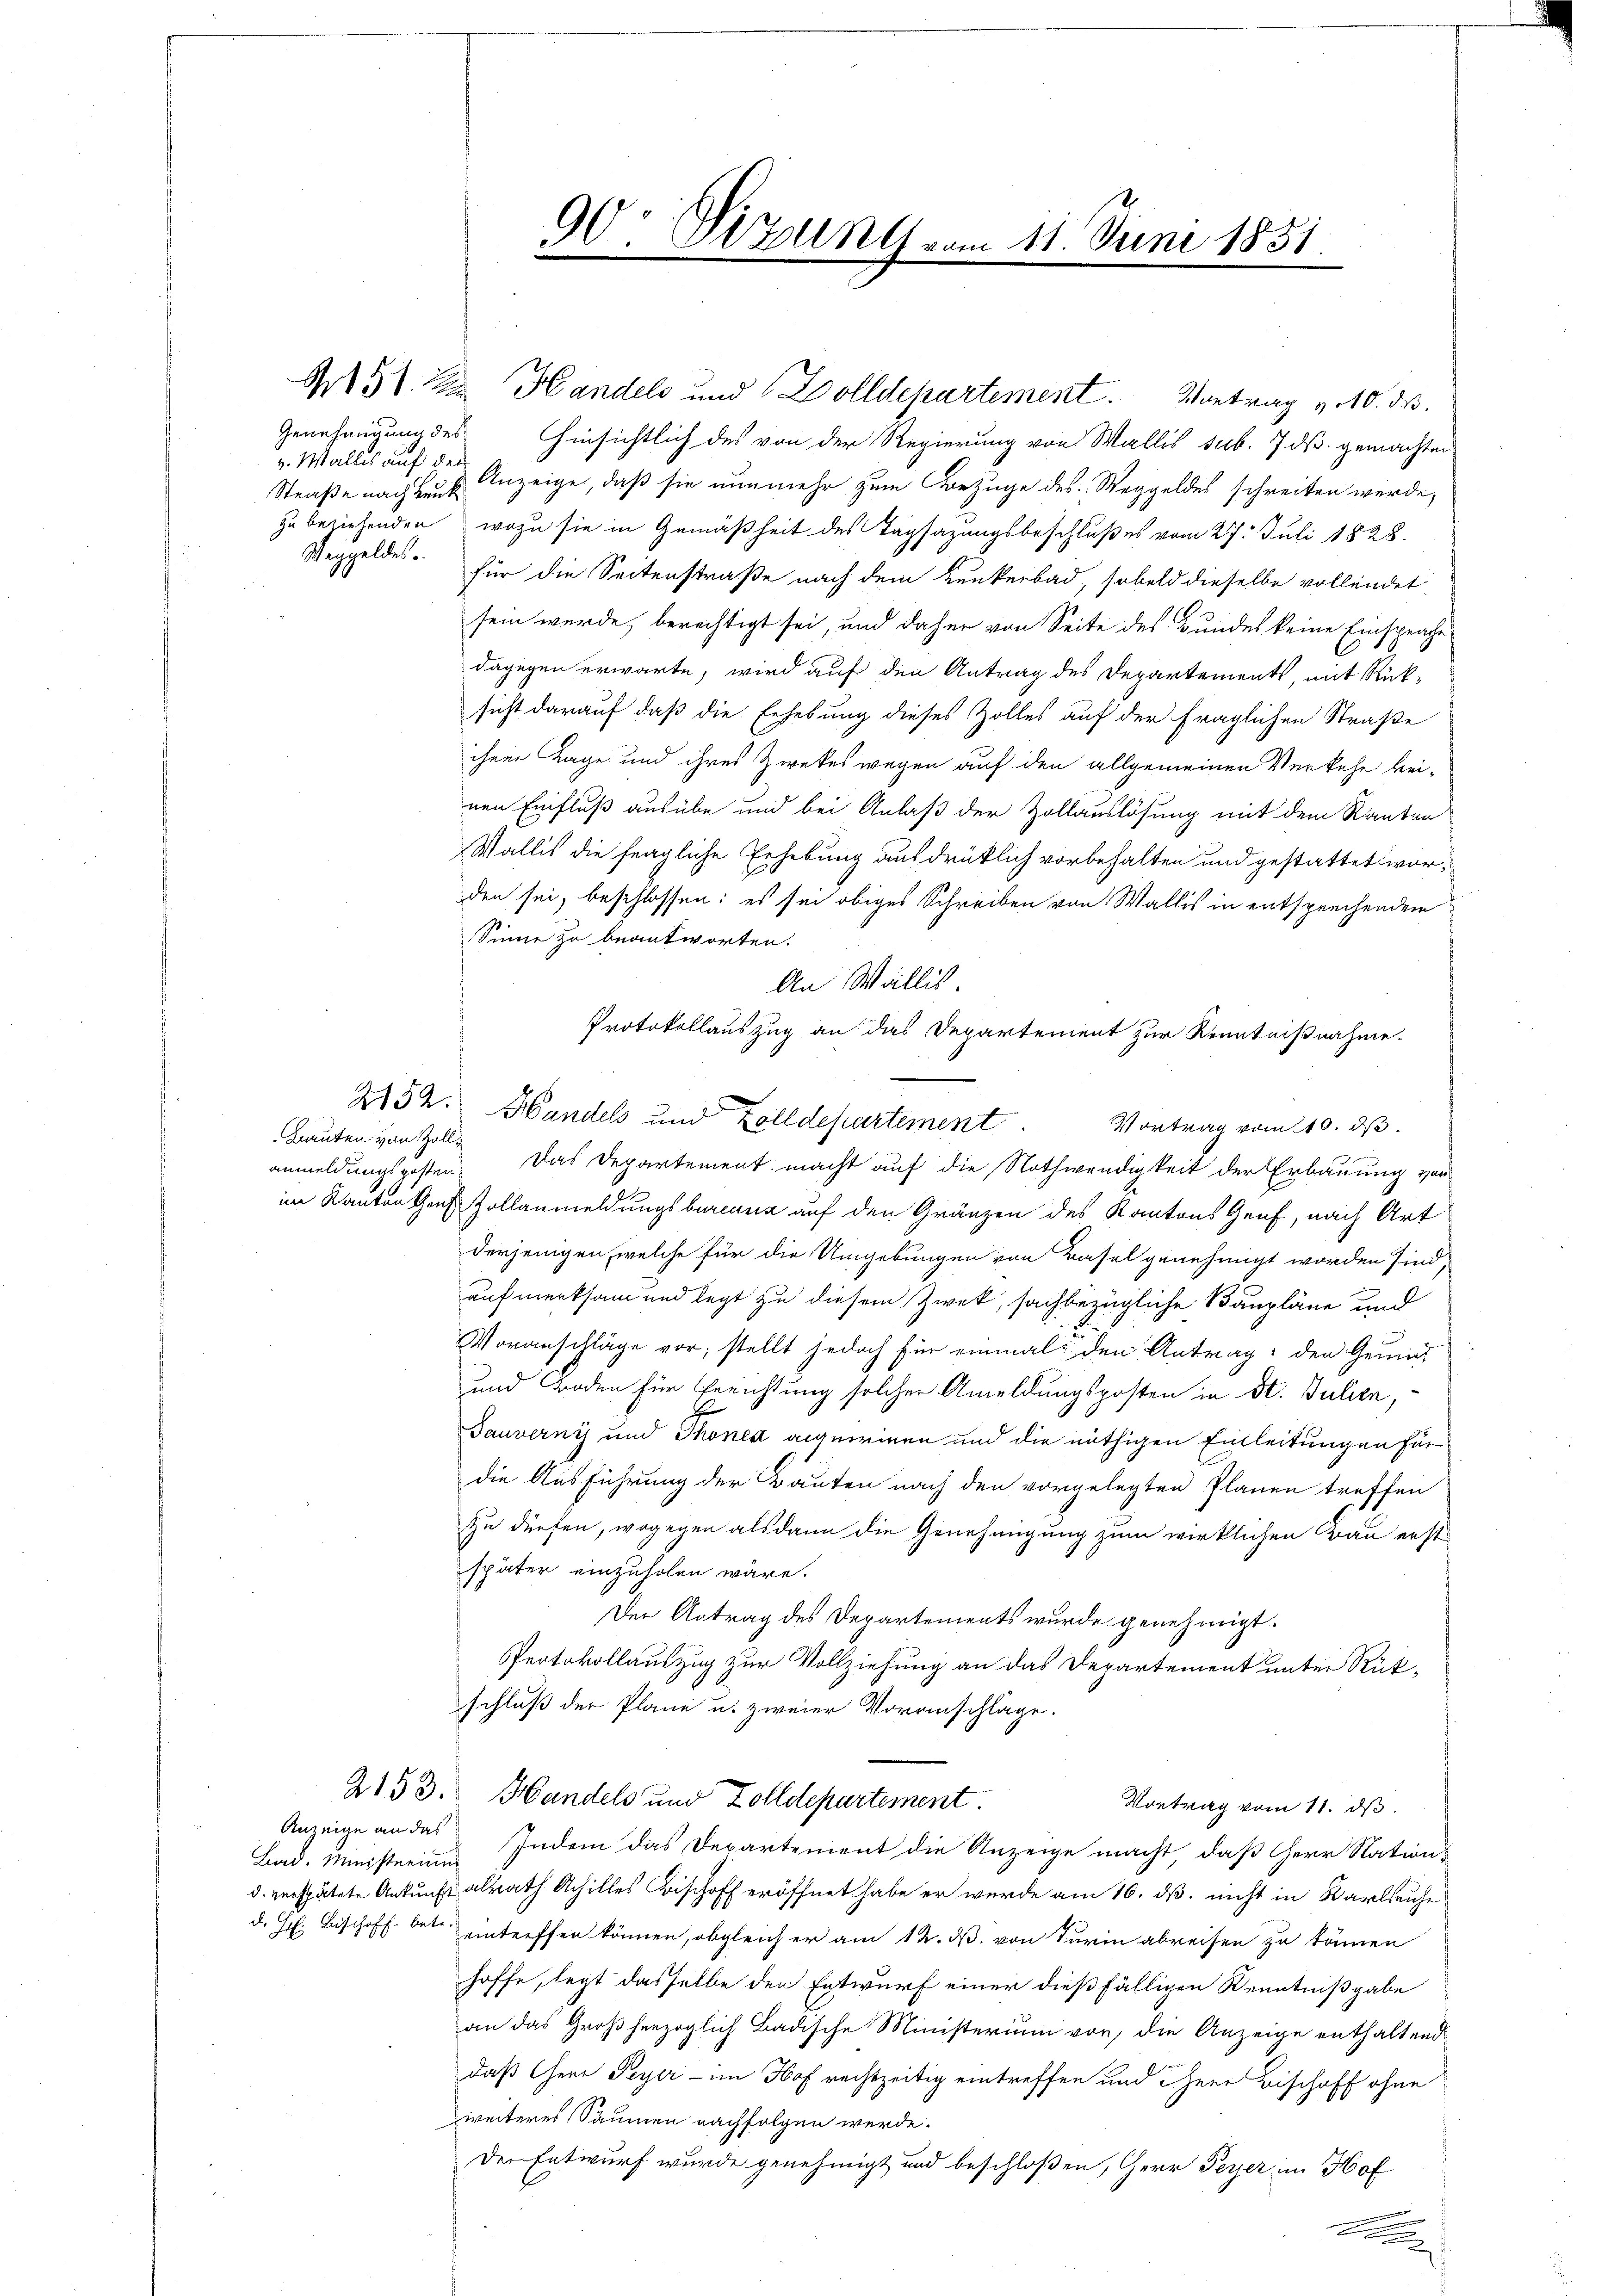
Genehmigung des
v. Wallis auf der
Weggeldes.

Bauten von Zoll¬

Lad. Ministerium

90: Vizung vom 11. Juni 1851.

N51. 2. Handels und Dolldepartement. Vortrag v. 10. ds.

Hinsichtlich des von der Regierung von Wallis sub. 7 ds gemachten
Straße nach des Anzeige, daß sie nunmehr zum Bezuge des Weggeldes schreiben werde,
zu beziehenden, wozu sie in Gemäßheit des Tagsazungsbeschlußes vom 27. Juli 1828
für die Seitenstraße nach dem Kunkerbad, sobald dieselbe vollendet
sein wurde, berechtigt sei, und daher von Seite des Bundes keine Einsprache
dagegen erwarte, wird auf den Antrag des Departements, mit Rück-
sicht darauf daß die Erhebung dieses Zolles auf der fraglichen Straße
ihrer Tage und ihres Zwekes wegen auf den allgemeinen Verkehr keinen Einfluß ausübe und bei Anlaß der Zollauslösung mit dem Rauten
Wallis die fragliche Erhebung ausdrücklich vorbehalten und gestattet worden sei, beschlossen: es sei obiges Schreiben von Wallis in entsprechendem
Sinne zu beantworten.
An Wallis
Protokollauszug an das Departement zur Kenntnißnahme
252. Handels und Zolldepartement.
Vortrag vom 10. ds.
anmeldungsposten. Das Departement macht auf die Nothwendigkeit der Erbauung von
im Kanton Ges. Zollanmeldungsbureaux auf den Gränzen des Kantons Genf, nach Art
derjenigen, welche für die Umgebungen von Basel genehmigt worden sind,
aufmerksam und legt zu diesem Zweck, sachbezügliche Baupläne und
Voranschläge vor; stellt jedoch für einmal den Antrag: den Gemüt
und Boden für Gerichtung solcher Ameldungsposten in St. Julien,
Tauverny und Thones acquiriren und die nöthigen Einleitungen für
die Ausführung der Bauten nach den vorgelegten Planen treffen
zu dürfen, wogegen alsdann die Genehmigung zum wirklichen Bau erst
später einzuholen wäre.
Der Antrag des Departements wurde genehmigt.
Protokollauszug zur Vollziehung an das Departement unter Rückschluß der Plane u. zweier Voranschlage.
2153. Handels und Zolldepartement.
Vortrag vom 11. ds.
Anzeige an das Indem das Departement die Anzeige macht, daß Herr Stationd. verspätete Ankunft alrath Achilles Bischoff eröffnet habe er wurde am 16. dß. nicht in Karleiche
d. H. Bischoff betreintreffen können, obgleich er am 12. d. von Turin abreisen zu kämen
hoffe, legt dasselbe den Entwurf einer dießfälligen Kenntnißgabe
an das Großherzoglich Badische Ministerium vor, die Anzeige enthaltend
daß Herr Feyer - im Hof rechtzeitig eintreffen und ihrer Bischoff ohne
zweiteres Säumen nachfolgen werde.
Der Entwurf wurde genehmigt und beschloßen, Herr Peyer im Hof
A